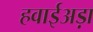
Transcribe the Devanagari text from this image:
हवाईअड़ा